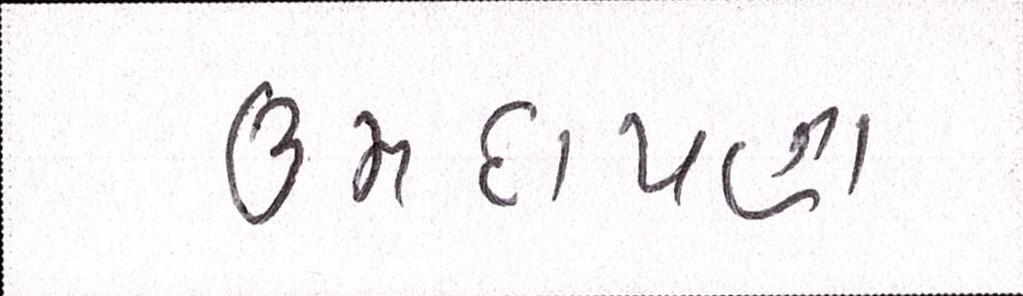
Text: ઉમદાપણા